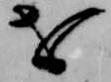
を